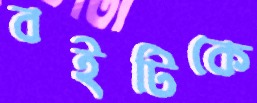
বইটিকে